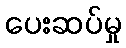
ပေးဆပ်မှု